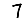
Digit: 7